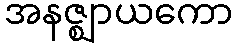
အနဇ္ဈာယကော